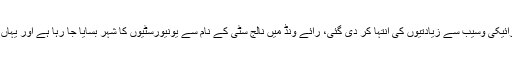
انہوں نے کہا کہ بجٹ میں سرائیکی وسیب سے زیادتیوں کی انتہا کر دی گئی، رائے ونڈ میں نالج سٹی کے نام سے یونیورسٹیوں کا شہر بسایا جا رہا ہے اور یہاں سات یونیورسٹیاں قائم ہونگی۔